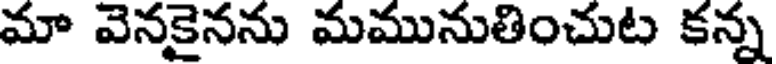
మా వెనకైనను మమునుతించుట కన్న